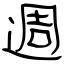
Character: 週